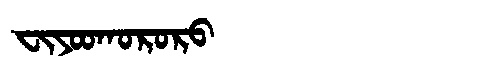
Manchu: ᠸᡳᠶᠣᠣᡴᠣᡵᠣᡵᠣ
Romanization: FIYOOKORORO